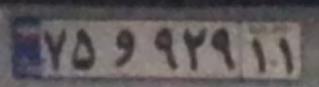
۷۵و۹۲۹۱۱